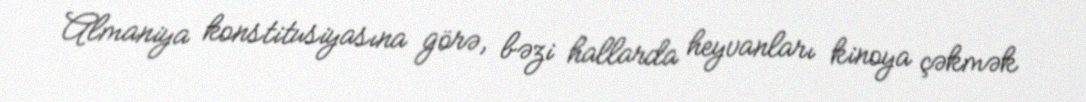
Almaniya konstitusiyasına görə, bəzi hallarda heyvanları kinoya çəkmək